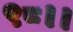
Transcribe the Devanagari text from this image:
९८।।